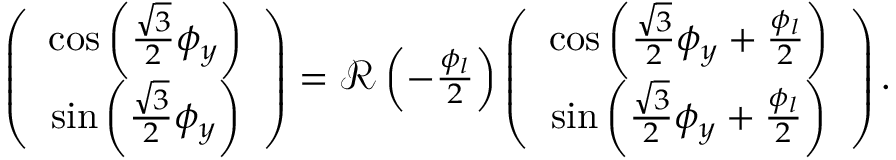
\begin{array} { r } { \left( \begin{array} { c } { \cos \left( \frac { \sqrt { 3 } } { 2 } \phi _ { y } \right) } \\ { \sin \left( \frac { \sqrt { 3 } } { 2 } \phi _ { y } \right) } \end{array} \right) = { \mathcal R } \left( - \frac { \phi _ { l } } { 2 } \right) \left( \begin{array} { c } { \cos \left( \frac { \sqrt { 3 } } { 2 } \phi _ { y } + \frac { \phi _ { l } } { 2 } \right) } \\ { \sin \left( \frac { \sqrt { 3 } } { 2 } \phi _ { y } + \frac { \phi _ { l } } { 2 } \right) } \end{array} \right) . } \end{array}